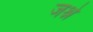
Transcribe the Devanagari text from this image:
जश्ने